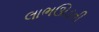
લાભઊડતી